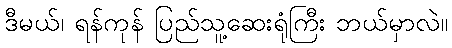
ဒီမယ်၊ ရန်ကုန် ပြည်သူ့ဆေးရုံကြီး ဘယ်မှာလဲ။